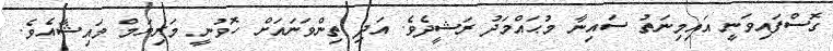
ގޮސްފައިވަނީ އައިމިނަތު ސައިނާ މުޙައްމަދު ރަޝީދެވެ. އަދި ތިންވަނައަށް ހޮވުނީ މަރިޔަމް މައިޝާއެވެ.